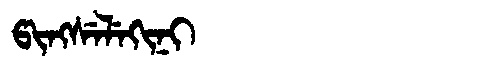
Manchu: ᡦᡳᠩᠰᡝᠯᡝᡴᡳᠨᡳ
Romanization: PINGSELEKINI